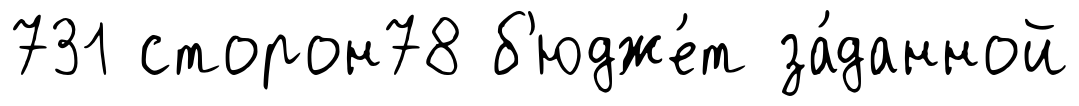
731 сторон78 б'юдже́т за́данной